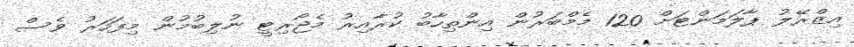
އިޒްރޭލު ޕާލަމަންޓަށް 120 މެމްބަރުން އިންތިހާބު ކުރާއިރު މެޖޯރިޓީ ނުލިބުމުން މިފަހަރު ވެސް